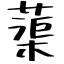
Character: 蕖